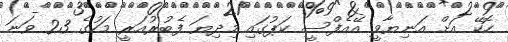
ހޮކޭ އަށް އަނިޔާވީ އޭއެފްސީ ކަޕުގައި މިދިޔަ ފެބުރުއަރީ މަހުގެ 23 ވަނަ